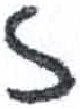
אות: ז